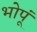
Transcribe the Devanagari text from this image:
भोपूं